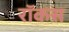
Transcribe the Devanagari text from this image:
रॉकस